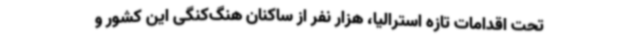
تحت اقدامات تازه استرالیا، هزار نفر از ساکنان هنگ‌کنگی این کشور و